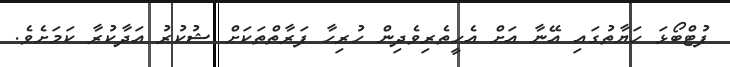
ފުޓްބޯޅަ ހަޔާތުގައި އޭނާ އަށް އެހީތެރިވެދިން ހުރިހާ ފަރާތްތަކަށް ޝުކުރު އަދާކުރާ ކަމަށެވެ.